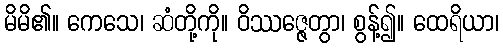
မိမိ၏။ ကေသေ၊ ဆံတို့ကို။ ဝိဿဇ္ဇေတွာ၊ စွန့်၍။ ထေရိယာ၊